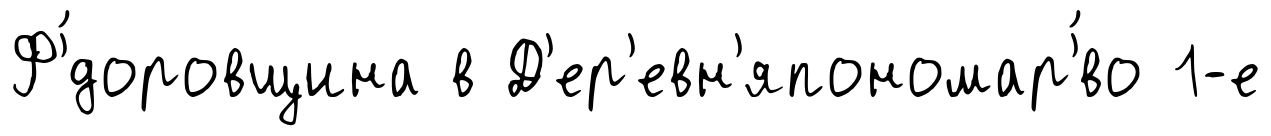
Ф'́доровщина в Д'ер'евн'япономар'́во 1-е